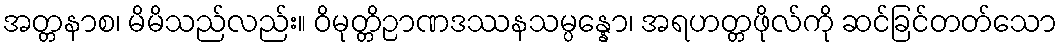
အတ္တနာစ၊ မိမိသည်လည်း။ ဝိမုတ္တိဉာဏဒဿနသမ္ပန္နော၊ အရဟတ္တဖိုလ်ကို ဆင်ခြင်တတ်သော